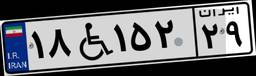
۱۸W۱۵۲۲۹